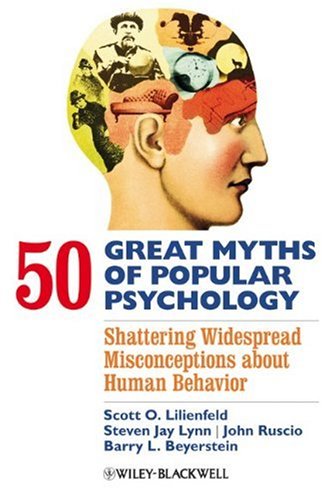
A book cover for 50 Great Myths of Popular Psychology: Shattering Widespread Misconceptions about Human Behavior; Scott O. Lilienfeld; Reference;